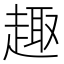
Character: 趣